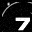
Digit: 7